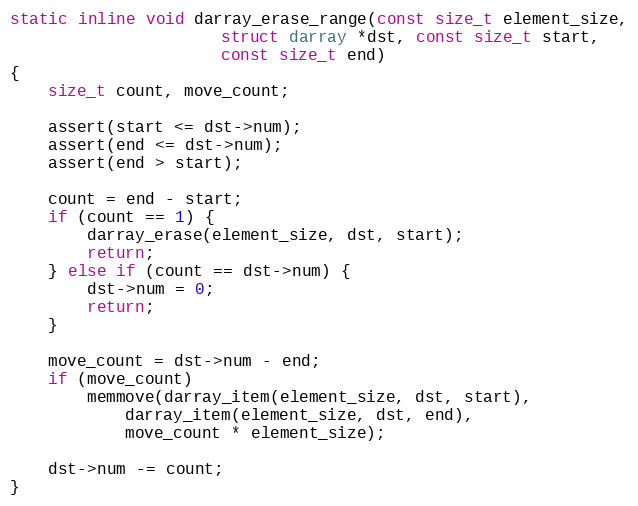
Language: C
static inline void darray_erase_range(const size_t element_size,
				      struct darray *dst, const size_t start,
				      const size_t end)
{
	size_t count, move_count;

	assert(start <= dst->num);
	assert(end <= dst->num);
	assert(end > start);

	count = end - start;
	if (count == 1) {
		darray_erase(element_size, dst, start);
		return;
	} else if (count == dst->num) {
		dst->num = 0;
		return;
	}

	move_count = dst->num - end;
	if (move_count)
		memmove(darray_item(element_size, dst, start),
			darray_item(element_size, dst, end),
			move_count * element_size);

	dst->num -= count;
}